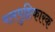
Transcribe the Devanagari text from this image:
बलपुष्टिकारक